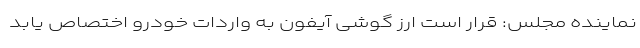
نماینده مجلس: قرار است ارز گوشی آیفون به واردات خودرو اختصاص یابد